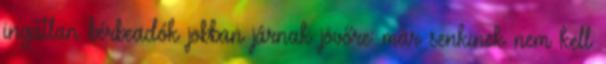
ingatlan bérbeadók jobban járnak jövőre: már senkinek nem kell